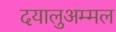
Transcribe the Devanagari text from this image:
दयालुअम्मल